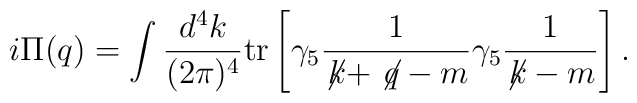
i \Pi (q) = \int \frac{d^4k}{(2 \pi)^4} {\mathrm{tr}}  \left[ \gamma_5 \frac{1}{\not\! k  + \not\! q - m} \gamma_5 \frac{1}{ \not\! k -m} \right].